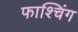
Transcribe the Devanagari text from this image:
फाश्चिंग